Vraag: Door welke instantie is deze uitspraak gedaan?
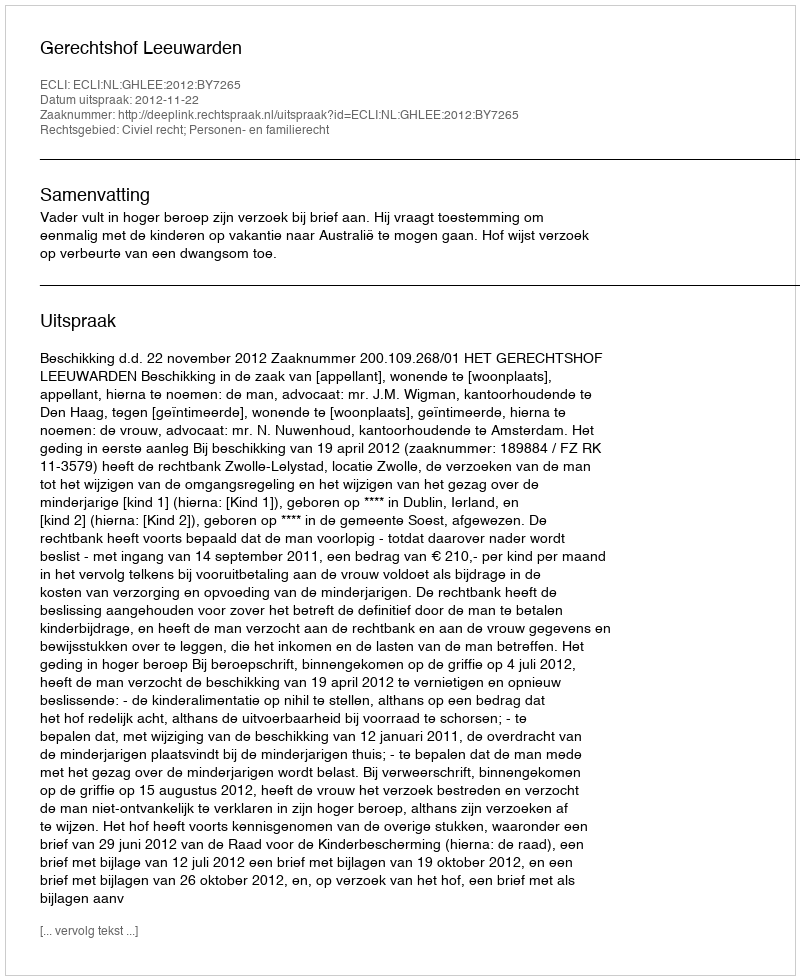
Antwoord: Gerechtshof Leeuwarden